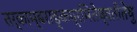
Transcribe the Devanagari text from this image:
तर्काम्बराङ्कप्रमितेष्वतीतेषु